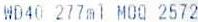
WD40 27ML MOO 2572